Lunatic asylums Central Provinces reports 1886-1894 - 1886-1894
Year: 1886
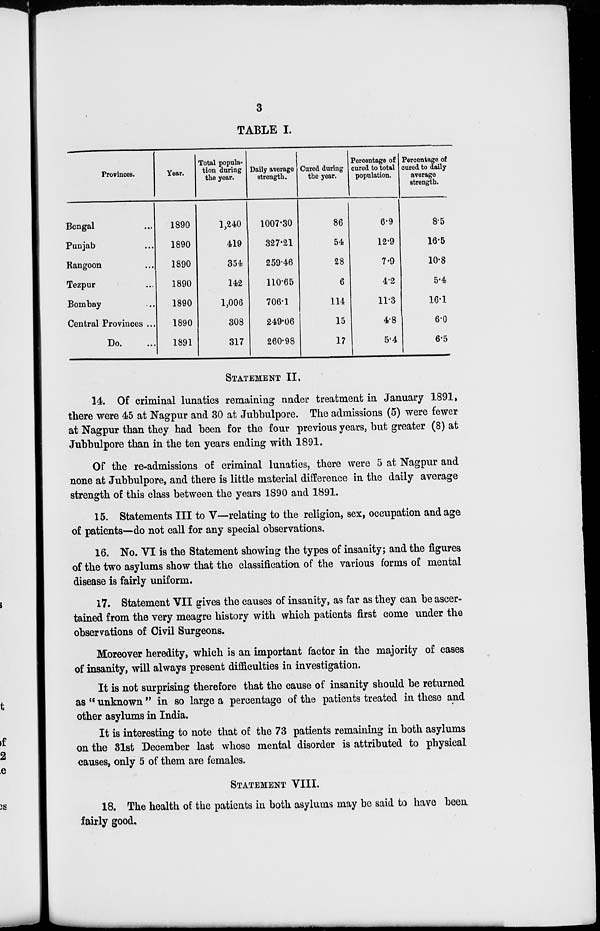
3
TABLE I.
Provinces.
Bengal ...
Punjab ...
Rangoon ...
Tezpur ...
Bombay ...
Central Provinces ...
Do. ...
Year.
1890
1890
1890
1890
1890
1890
1891
Total popula-
tion during
the year.
1,240
419
354
142
1,006
308
317
Daily average
strength.
1007.30
327.21
259.46
110.65
706.1
249.06
260.98
Cured during
the year.
86
54
28
6
114
15
17
Percentage of
cured to total
population.
6.9
12.9
7.9
4.2
11.3
4.8
5.4
Percentage of
cured to daily
average
strength.
8.5
16.5
10.8
5.4
16.1
6.0
6.5
STATEMENT II.
14. Of criminal lunatics remaining under treatment in January 1891,
there were 45 at Nagpur and 30 at Jubbulpore. The admissions (5) were fewer
at Nagpur than they had been for the four previous years, but greater (8) at
Jubbulpore than in the ten years ending with 1891.
Of the re-admissions of criminal lunatics, there were 5 at Nagpur and
none at Jubbulpore, and there is little material difference in the daily average
strength of this class between the years 1890 and 1891.
15. Statements III to V—relating to the religion, sex, occupation and age
of patients—do not call for any special observations.
16. No. VI is the Statement showing the types of insanity; and the figures
of the two asylums show that the classification of the various forms of mental
disease is fairly uniform.
17. Statement VII gives the causes of insanity, as far as they can be ascer-
tained from the very meagre history with which patients first come under the
observations of Civil Surgeons.
Moreover heredity, which is an important factor in the majority of cases
of insanity, will always present difficulties in investigation.
It is not surprising therefore that the cause of insanity should be returned
as " unknown" in so large a percentage of the patients treated in these and
other asylums in India.
It is interesting to note that of the 73 patients remaining in both asylums
on the 31st December last whose mental disorder is attributed to physical
causes, only 5 of them are females.
STATEMENT VIII.
18. The health of the patients in both asylums may be said to have been
fairly good.